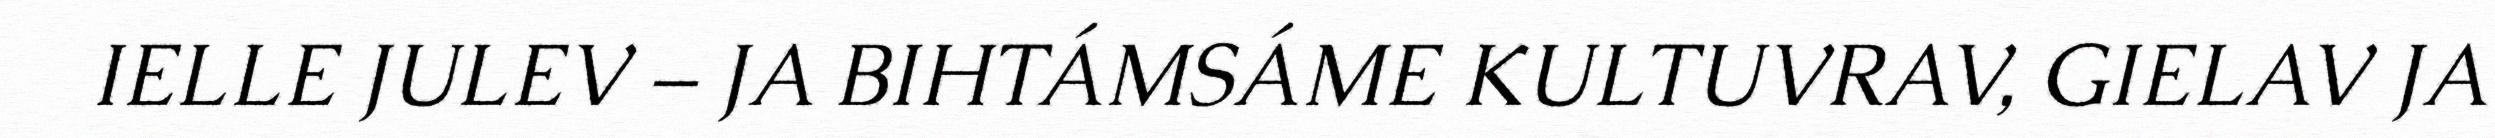
IELLE JULEV – JA BIHTÁMSÁME KULTUVRAV, GIELAV JA